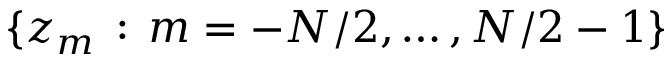
\lbrace z _ { m } \, : \, m = - N / 2 , \dots , N / 2 - 1 \rbrace